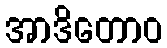
အာဒိတောဝ